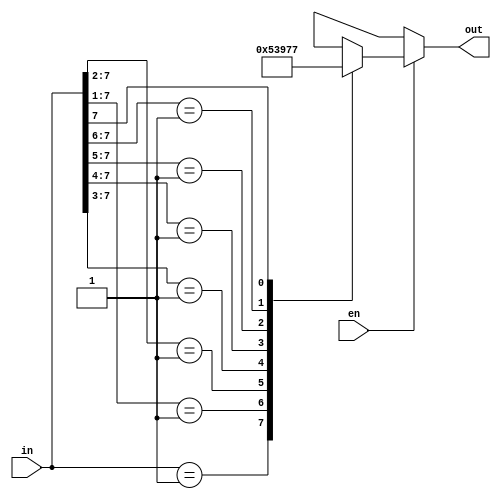
`timescale 1ns / 1ps
//////////////////////////////////////////////////////////////////////////////////
// Company: 
// Engineer: 
// 
// Design Name: 
// Module Name: Priority_en
// Project Name: 
// Target Devices: 
// Tool Versions: 
// Description: 
// 
// Dependencies: 
// 
// Revision:
// Revision 0.01 - File Created
// Additional Comments:
// 
//////////////////////////////////////////////////////////////////////////////////


module Priority_en(
input [7:0]in,
input en,
output reg [2:0]out
    );
    
    always@(in,en)
    begin
    if(en)
    begin
    casex(in)
    8'b00000001:out=3'b000;
    8'b0000001x:out=3'b001;
    8'b000001xx:out=3'b010;
    8'b00001xxx:out=3'b011;
    8'b0001xxxx:out=3'b100;
    8'b001xxxxx:out=3'b101; 
    8'b01xxxxxx:out=3'b110;
    8'b1xxxxxxx:out=3'b111;
    default:out=3'bxxx;
    endcase
    end
    else
    out=3'bxxx;
    end
endmodule